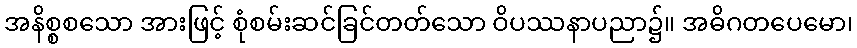
အနိစ္စစသော အားဖြင့် စုံစမ်းဆင်ခြင်တတ်သော ဝိပဿနာပညာ၌။ အဓိဂတပေမော၊